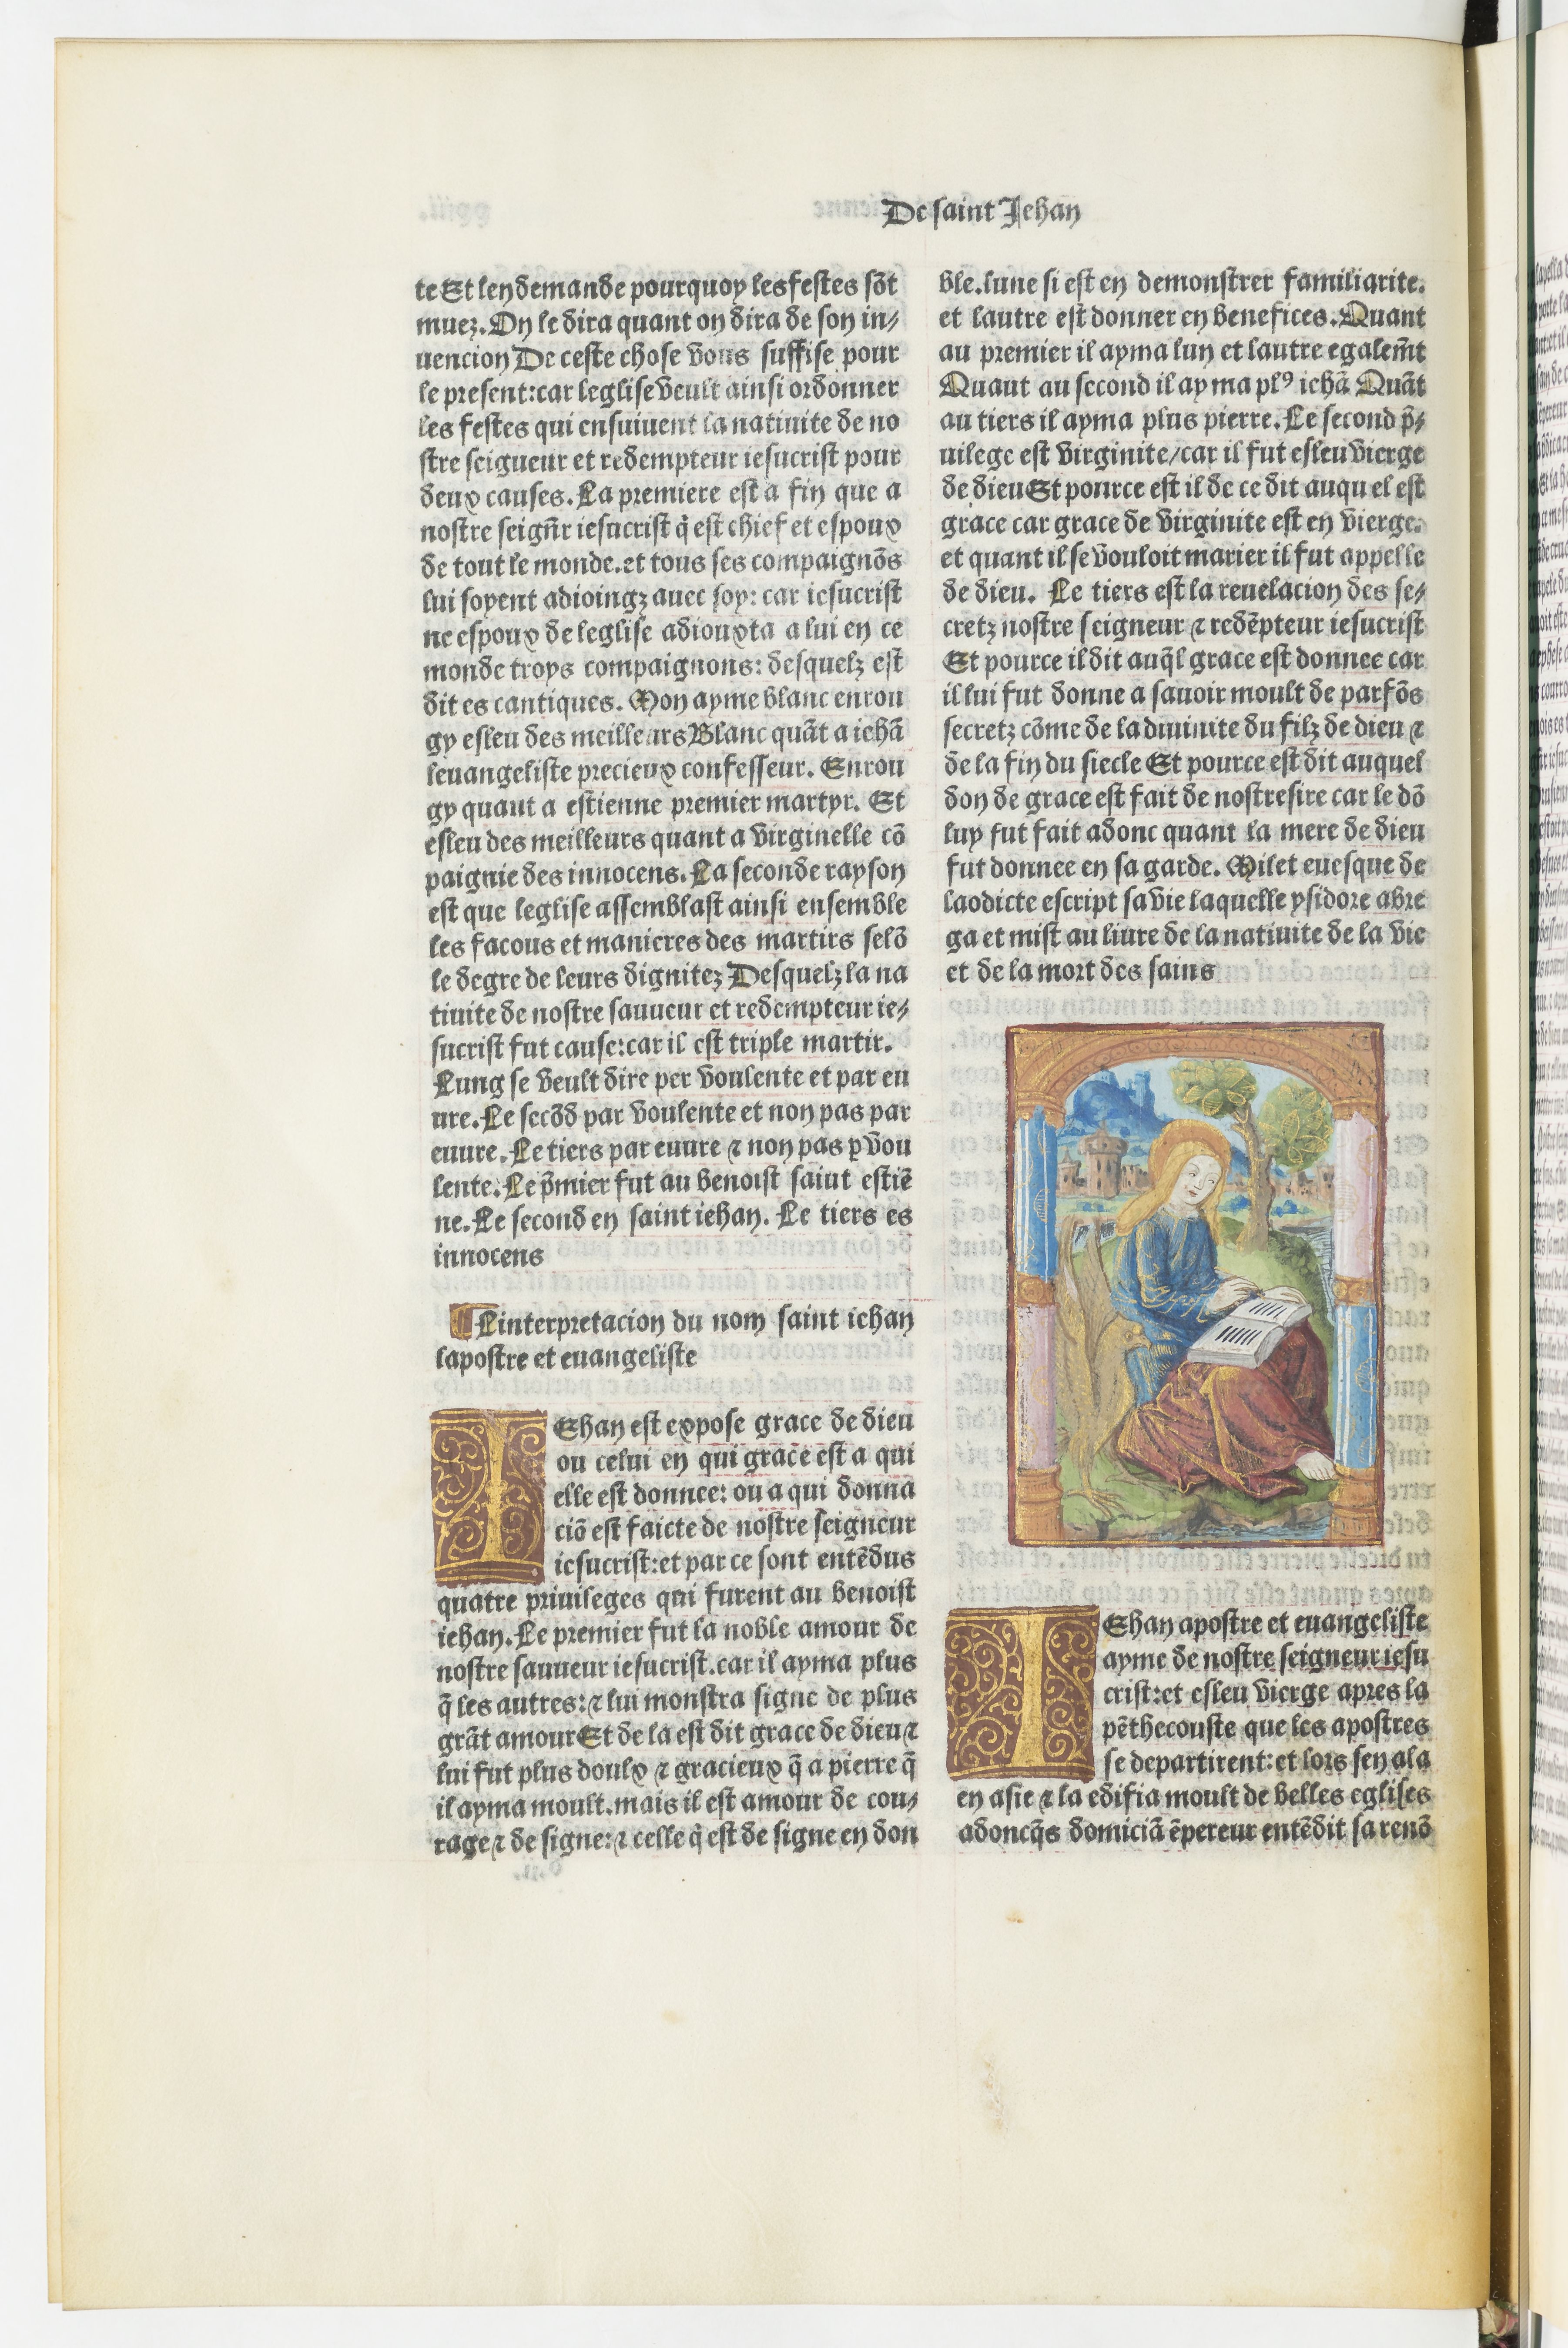
Shelfmark: Paris, BnF, Velins 690
Century: 15